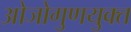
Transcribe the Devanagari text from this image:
ओजोगुणयुक्त